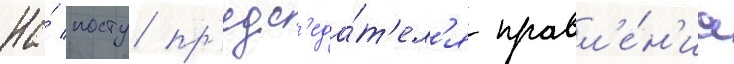
На́ посту пр'едс'еда́т'ел'я правл'е́н'иа